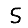
Digit: 5